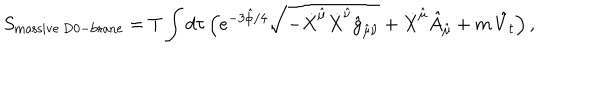
S _ { \mathrm { m a s s i v e \ D 0 - b r a n e } } = T \int d \tau \, \Big ( e ^ { - 3 \hat { \phi } / 4 } \sqrt { - \dot { X } ^ { \hat { \mu } } \dot { X } ^ { \hat { \nu } } \hat { g } _ { \hat { \mu } \hat { \nu } } } + \dot { X } ^ { \hat { \mu } } \hat { A } _ { \hat { \mu } } + m \, \hat { V } _ { t } \Big ) \, ,